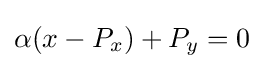
\alpha (x-P_{x})+P_{y}=0